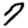
Digit: 7